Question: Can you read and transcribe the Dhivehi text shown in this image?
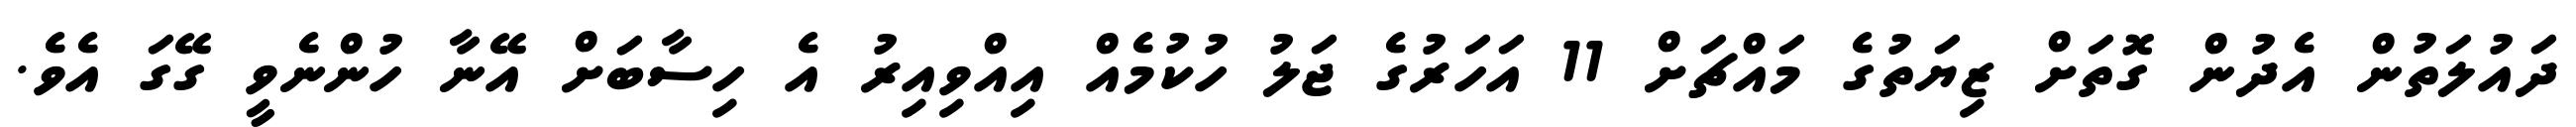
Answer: ދައުލަތުން އެދުން ގޮތަށް ޒިޔަތުގެ މައްޗަށް 11 އަހަރުގެ ޖަލު ހުކުމެއް އިއްވިއިރު އެ ހިސާބަށް އޭނާ ހުންނެވީ ގޭގަ އެވެ.